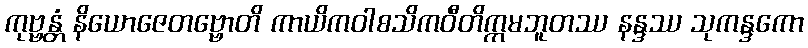
ကုဗ္ဗန္တံ နိယောဇေတဗ္ဗောတိ ကာယိကဝါစသိကဝီတိက္ကမဘူတဿ နန္ဒဿ သုကန္ဒကော